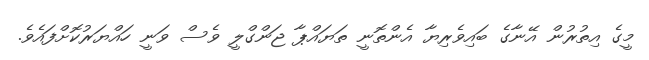
މީގެ އިތުރުން އޭނާގެ ބައިވެރިޔާ އެންތޮނީ ތަޔައްޕާ ޖަންގްލީ ވެސް ވަނީ ހައްޔަރުކޮށްފައެވެ.